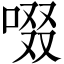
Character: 啜